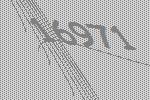
16971